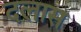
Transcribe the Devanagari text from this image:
दलास